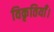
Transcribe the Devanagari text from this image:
विकृतियाँ।